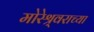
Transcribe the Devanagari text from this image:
मोरेश्र्वराच्या